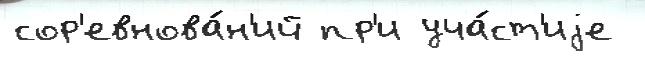
сор'евнова́н'ий пр'и уча́ст'иjе